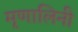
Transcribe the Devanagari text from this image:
मृृणालिनी